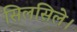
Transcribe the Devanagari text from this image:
सिलसिले।